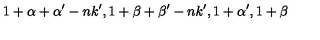
1 + \alpha + \alpha ^ { \prime } - n k ^ { \prime } , 1 + \beta + \beta ^ { \prime } - n k ^ { \prime } , 1 + \alpha ^ { \prime } , 1 + \beta